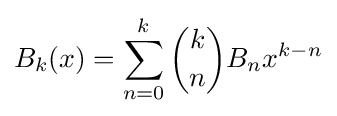
B_{k}(x)=\sum _{n=0}^{k}{\binom {k}{n}}B_{n}x^{k-n}